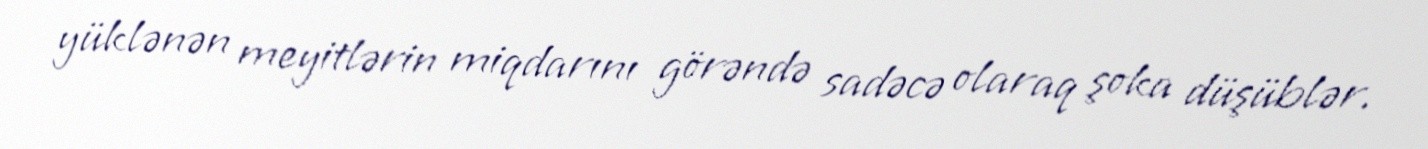
yüklənən meyitlərin miqdarını görəndə sadəcə olaraq şoka düşüblər.